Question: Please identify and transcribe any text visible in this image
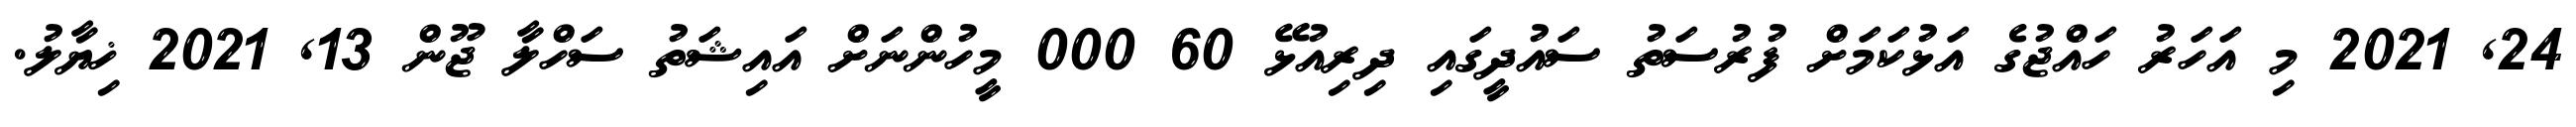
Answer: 24, 2021 މި އަހަރު ހައްޖުގެ އަޅުކަމަށް ފުރުސަތު ސައުދީގައި ދިރިއުޅޭ 60 000 މީހުންނަށް އައިޝަތު ސަހްލާ ޖޫން 13, 2021 ޚިޔާލު.